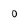
Character: 0